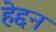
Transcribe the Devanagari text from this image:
हेद्दन